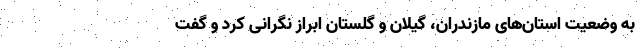
به وضعیت استان‌های مازندران، گیلان و گلستان ابراز نگرانی کرد و گفت